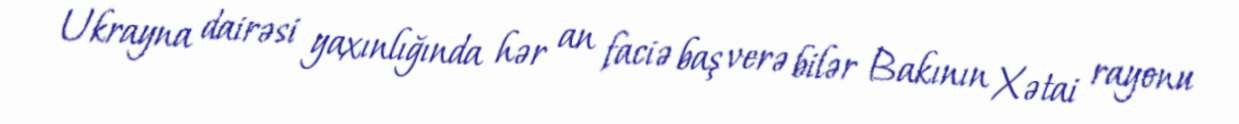
Ukrayna dairəsi yaxınlığında hər an faciə baş verə bilər Bakının Xətai rayonu